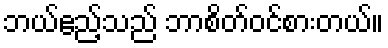
ဘယ်ဧည့်သည် ဘာစိတ်ဝင်စားတယ်။